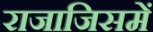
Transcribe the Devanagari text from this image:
राजाजिसमें